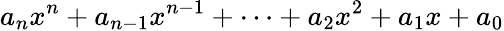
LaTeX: a_{n}x^{n}+a_{n-1}x^{n-1}+\cdots+a_{2}x^{2}+a_{1}x+a_{0}